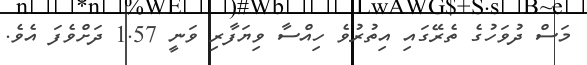
މަސް ދުވަހުގެ ތެރޭގައި އިތުރުވެ ހިއްސާ ވިޔަފާރި ވަނީ 1.57 ދަށްވެފަ އެވެ.